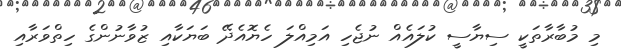
މި މުބާރާތަކީ ސިޔާސީ ކުލައެއް ނުޖެހި އަމިއްލަ ހެޔޮއެދޭ ބަޔަކާއި ޒުވާނުންގެ ހިތްވަރާއި